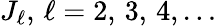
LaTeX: J_{\ell},\, \ell=2,\, 3,\, 4,\ldots